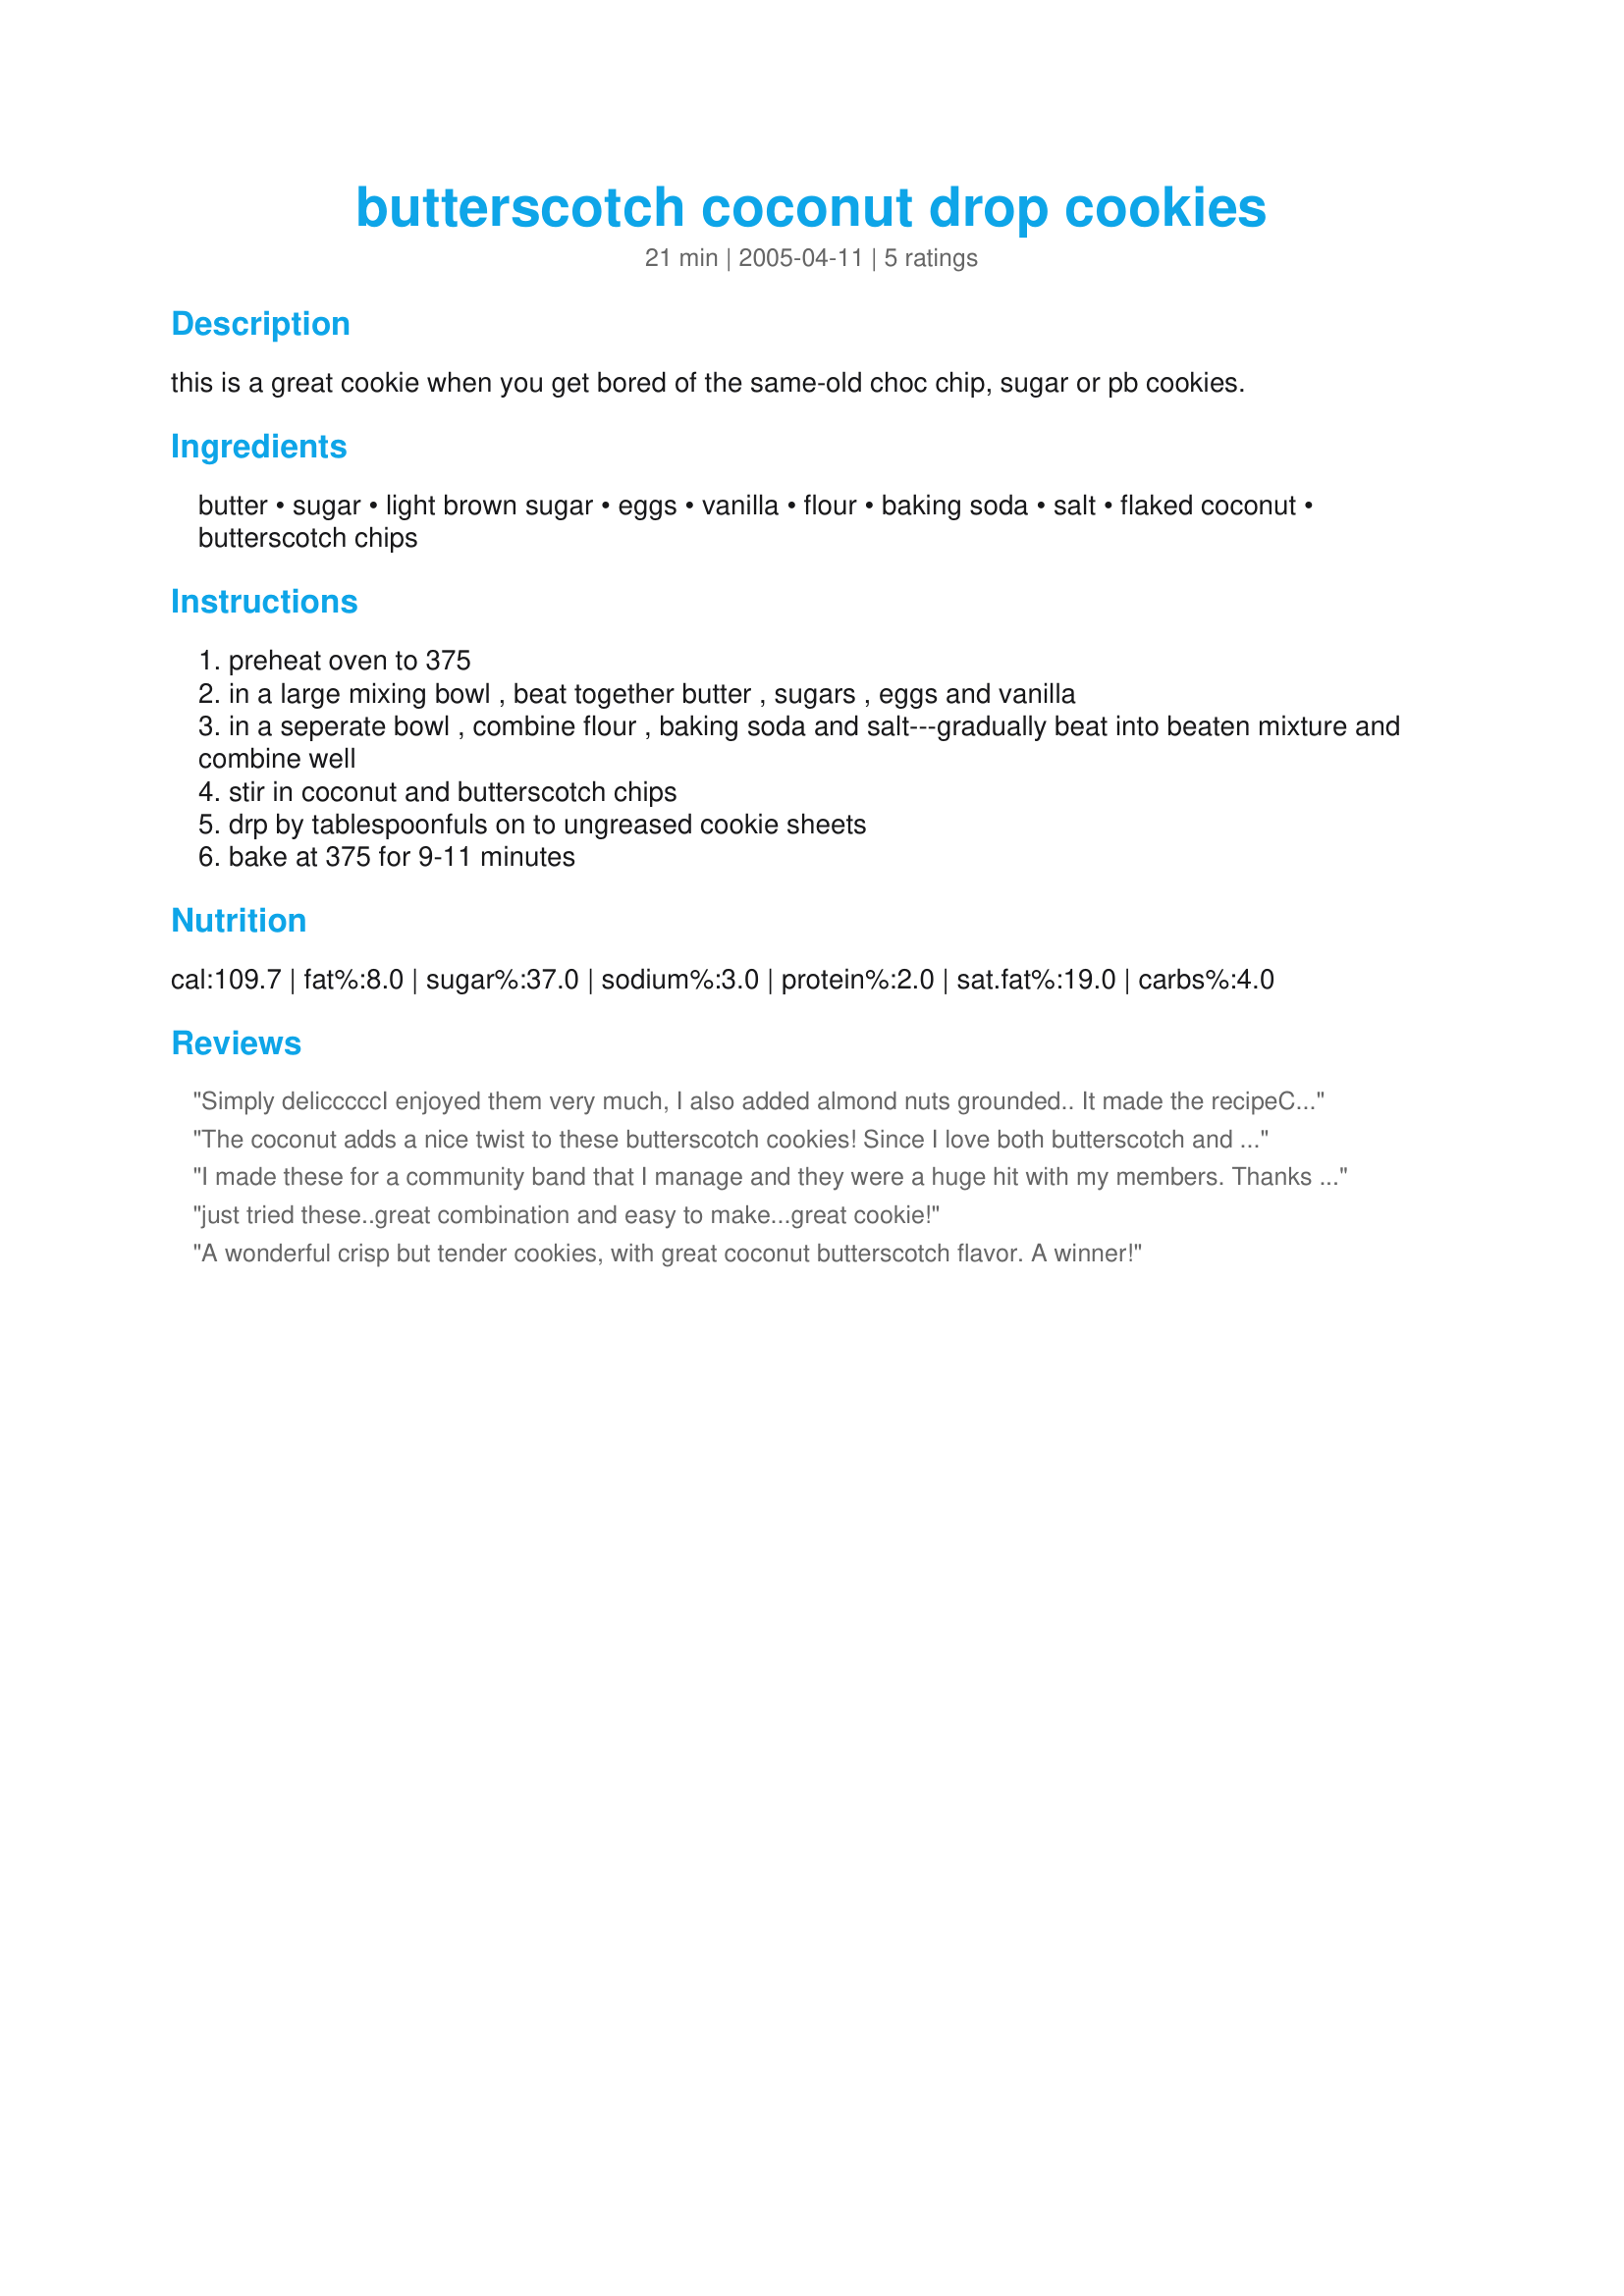
butterscotch coconut drop cookies
Preparation time: 21 minutes

this is a great cookie when you get bored of the same-old choc chip, sugar or pb cookies.

Ingredients:
butter, sugar, light brown sugar, eggs, vanilla, flour, baking soda, salt, flaked coconut, butterscotch chips

Steps:
preheat oven to 375
in a large mixing bowl , beat together butter , sugars , eggs and vanilla
in a seperate bowl , combine flour , baking soda and salt---gradually beat into beaten mixture and combine well
stir in coconut and butterscotch chips
drp by tablespoonfuls on to ungreased cookie sheets
bake at 375 for 9-11 minutes

Reviews:
Simply deliccccc<br/>I enjoyed them very much, I also added almond nuts grounded.. It made the recipe<br/>Crunchier... Enjoy <br/>Top rated!
The coconut adds a nice twist to these butterscotch cookies! Since I love both butterscotch and coconut, I loved these cookies! I did substitute Splenda in place of the sugar and used 4 egg whites for the eggs. I also used mainly whole wheat flour with no problem. Thanks much!
I made these for a community band that I manage and they were a huge hit with my members. Thanks for a great recipie
just tried these..great combination and easy to make...great cookie!
A wonderful crisp but tender cookies, with great coconut butterscotch flavor. A winner!
